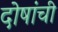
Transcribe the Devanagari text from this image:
दोषांची